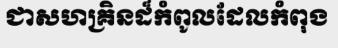
ជាសហគ្រិនដ៏កំពូលដែលកំពុង